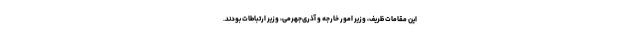
این مقامات ظریف، وزیر امور خارجه و آذری‌جهرمی، وزیر ارتباطات بودند.